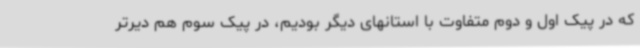
که در پیک اول و دوم متفاوت با استانهای دیگر بودیم، در پیک سوم هم دیرتر